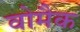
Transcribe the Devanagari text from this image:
वोमैक